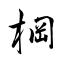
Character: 棡